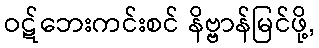
ဝဋ်ဘေးကင်းစင် နိဗ္ဗာန်မြင်ဖို့,